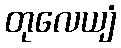
တုလေယျံ